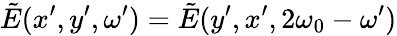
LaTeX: \tilde{E}(x^{\prime},y^{\prime},\omega^{\prime})=\tilde{E}(y^{\prime},x^{\prime},2\omega_{0}-\omega^{\prime})